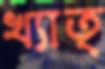
খ্যাত্